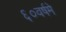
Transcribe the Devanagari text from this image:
६०वर्षमे